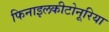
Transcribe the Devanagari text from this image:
फिनाइलकीटोनूरिया